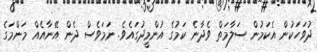
ދުވަހަކުން އެކަމުން ސަލާމަތް ވެދާނެ ކަމުގެ އުންމީދުގައެވެ. ނަމަވެސް ދެން އޭނާއެއް މަންމަގެ